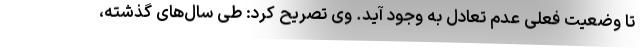
تا وضعیت فعلی عدم تعادل به وجود آید. وی تصریح کرد: طی سال‌های گذشته،